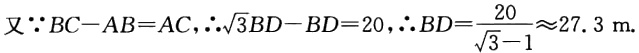
又\(\because BC - AB = AC,\therefore\sqrt{3}BD - BD = 20,\therefore BD=\frac{20}{\sqrt{3}-1}\approx27.3\ m\)